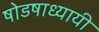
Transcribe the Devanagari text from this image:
षोडषाध्यायी